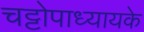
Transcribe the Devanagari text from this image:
चट्टोपाध्यायके